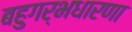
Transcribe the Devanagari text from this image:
बहुगर्भधारणा